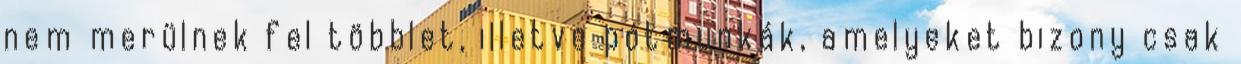
nem merülnek fel többlet, illetve pótmunkák, amelyeket bizony csak